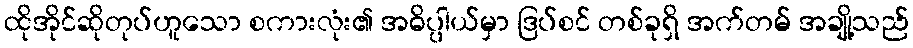
ထိုအိုင်ဆိုတုပ်ဟူသော စကားလုံး၏ အဓိပ္ပါယ်မှာ ဒြပ်စင် တစ်ခုရှိ အက်တမ် အချို့သည်